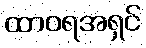
ထာဝရအရှင်